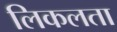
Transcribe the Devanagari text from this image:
लिकलता